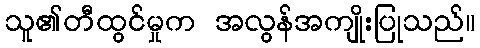
သူ၏တီထွင်မှုက အလွန်အကျိုးပြုသည်။